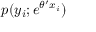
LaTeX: p ( y _ { i } ; e ^ { \theta ^ { \prime } x _ { i } } )